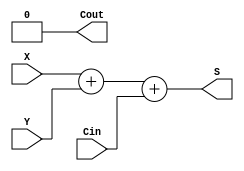
module CLA_32(X,Y,Cin,S,Cout);
    input [31:0] X, Y;
    input Cin;
    output[31:0]S;
    output Cout;
    assign Cout = 0;
    assign S = X+Y+Cin;
endmodule